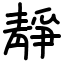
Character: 靜